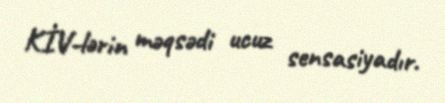
KİV-lərin məqsədi ucuz sensasiyadır.